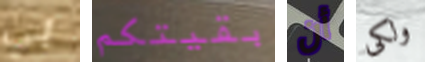
بي بقيتكم أن ولكى